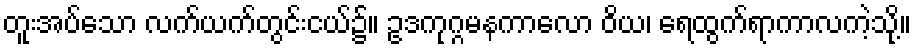
တူးအပ်သော လက်ယက်တွင်းငယ်၌။ ဥဒကုဂ္ဂမနကာလော ဝိယ၊ ရေထွက်ရာကာလကဲ့သို့။